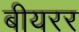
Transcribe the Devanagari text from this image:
बीयरर